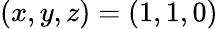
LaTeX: (x,y,z)=(1,1,0)